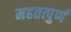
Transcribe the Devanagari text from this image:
महतत्पुर्ण